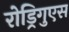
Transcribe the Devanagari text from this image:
रोड्रिगुएस